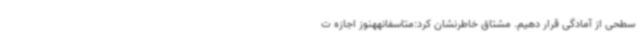
سطحی از آمادگی قرار دهیم. مشتاق خاطرنشان کرد:متاسفانههنوز اجازه ت